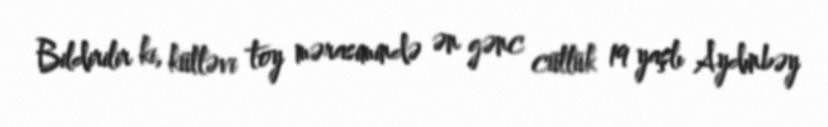
Bildirilir ki, kütləvi toy mərasimində ən gənc cütlük 19 yaşlı Aydınbəy